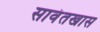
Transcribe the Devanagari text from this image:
सावंतखास